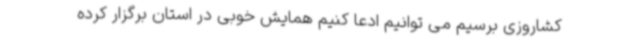
کشاروزی برسیم می توانیم ادعا کنیم همایش خوبی در استان برگزار کرده